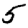
Digit: 5